Annual administration report of the Civil Veterinary Department of India - 1894-1895
Year: 1894
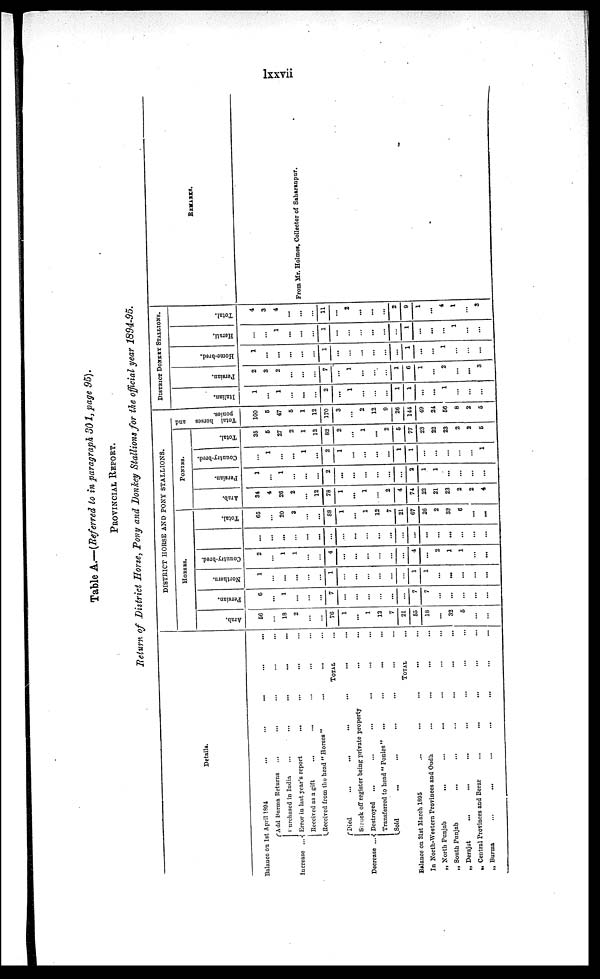
lxxvii
Table A.—(Referred to in paragraph 301, page 95).
PROVINCIAL REPORT.
Return of District Horse, Pony and Donkey Stallions for the official year 1894-95.
Details.
Balance on 1st April 1894
...
...
... ... ...
Increase ... Add Burma Returns
...
...
...
...
...
Purchased in India
...
...
...
...
...
Error in last year's report ... ... ... ... ...
Received as a gift
...
...
... ... ...
Received from the head "Horses"
...
... ...
TOTAL ...
Decrease ...
Died
...
... ... ... ... ...
Struck off register being private property
...
...
Destroyed
...
...
...
...
...
...
Transferred to head "Ponies"
.... ... ... ...
Sold
...
...
... ... ... ...
TOTAL...
Balance on 31st March 1895
...
...
...
... ...
In North-Western Provinces and
Oudh
...
.... ... ...
„ North Punjab
...
...
...
...
... ...
„ South Punjab
...
...
...
...
...
...
„ Derajat
...
...
...
...
...
...
...
„ Central Provinces and Berar
...
...
...
...
...
„ Burma
...
...
...
...
... ... ...
DISTRICT HORSE AND PONY STALLIONS.
HORSES.
Arab.
56
...
18
2
...
...
76
1
...
1
12
7
21
55
18
...
32
5
...
...
Persian.
6
...
1
...
...
...
7
...
...
...
...
...
...
7
7
...
...
...
...
...
Northern.
1
...
...
...
...
...
1
...
...
...
...
...
...
1
1
...
...
...
...
...
Country-bred.
2
...
1
1
...
...
4
...
...
...
...
...
...
4
...
2
1
1
...
...
...
...
...
...
...
...
...
...
...
...
...
...
...
...
...
...
...
...
...
Total.
65
...
20
3
...
...
88
1
...
1
12
7
21
67
26
2
33
6
...
...
PONIES.
Arab.
34
4
26
2
...
12
78
1
...
1
...
2
4
74
22
21
23
2
2
4
Persian.
1
...
1
...
...
...
2
...
...
...
...
...
...
2
1
1
...
...
...
...
Country-bred.
...
1
...
...
1
...
2
1
...
...
...
...
1
1
...
...
...
...
...
1
Total.
35
5
27
2
1
12
82
2
...
1
...
2
5
77
23
23
23
2
2
5
Tot al hor s es
ponies.
100
5
47
5
1
12
170
3
...
2
12
9
26
144
49
24
56
8
2
5
DISTRICT DONKEY STALLIONS.
Italian.
1
...
1
...
...
...
2
...
1
...
...
...
1
1
...
...
1
...
...
...
Per s i
an.
2
3
2
...
...
...
7
...
1
...
...
...
1
6
1
...
2
...
...
3
Home -
br e d.
1
...
...
...
...
...
1
...
...
...
...
...
...
1
...
...
1
...
...
...
Her at i .
...
...
1
...
...
...
1
...
...
...
...
...
...
1
...
...
...
1
...
...
Tot al .
4
3
4
...
...
...
11
...
2
...
...
...
2
9
1
...
4
1
...
3
REMARKS.
From Mr. Holmes, Collector of Saharanpur.